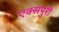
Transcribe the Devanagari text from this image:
एक्‍सपुरी